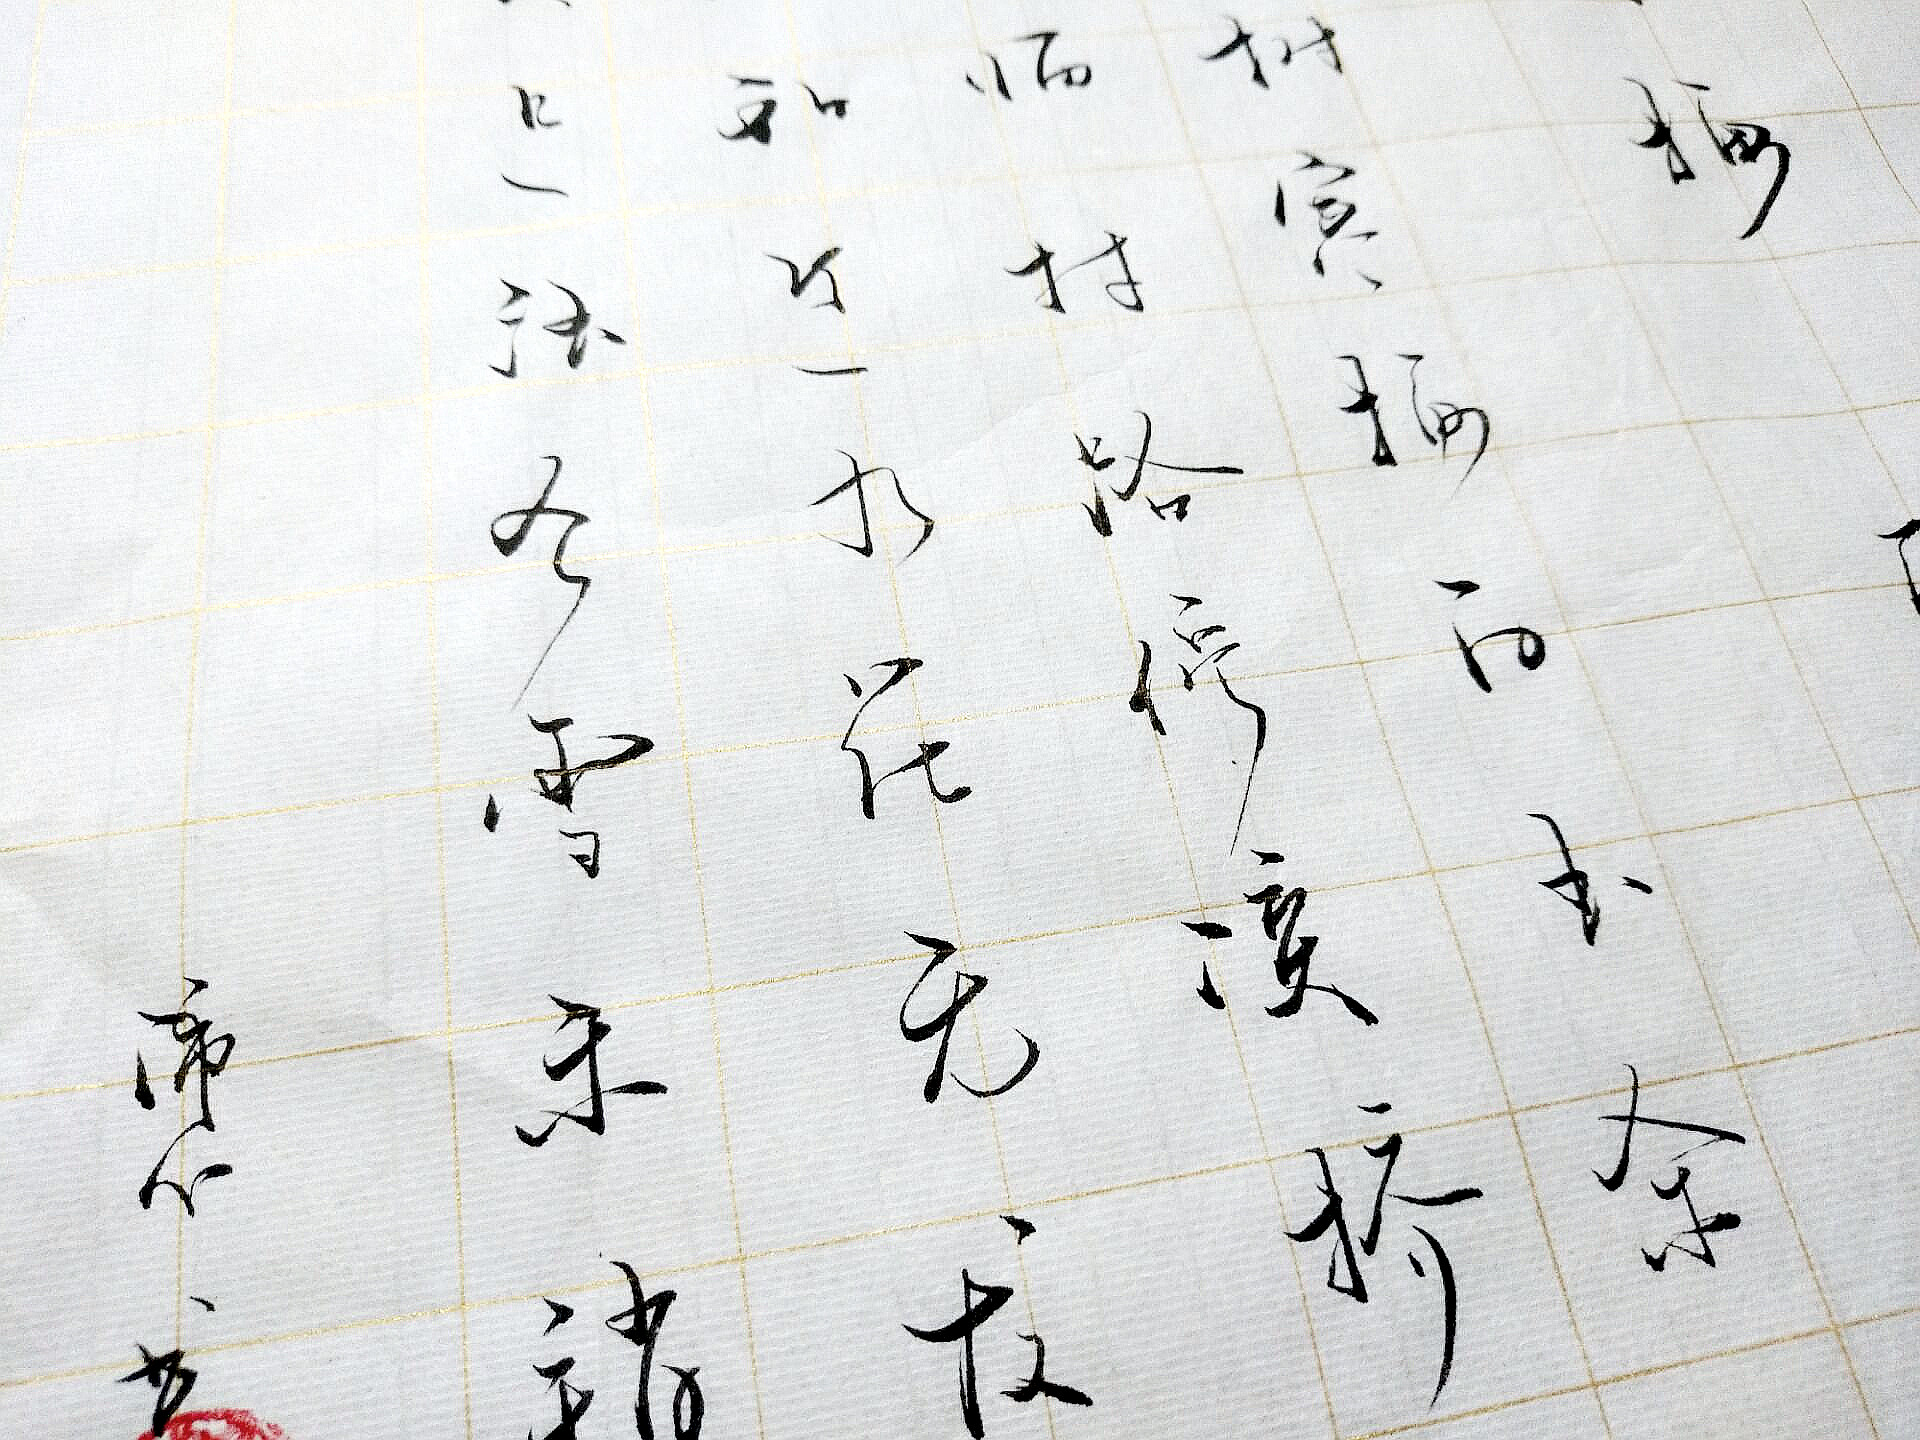
不知近水花先发，疑是经冬雪未销。